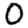
Digit: 0